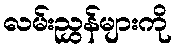
လမ်းညွှန်များကို